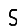
Digit: 5